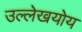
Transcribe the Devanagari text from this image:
उल्लेखयोय